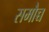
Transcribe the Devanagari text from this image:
समौच्च